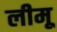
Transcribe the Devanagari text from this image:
लीमू